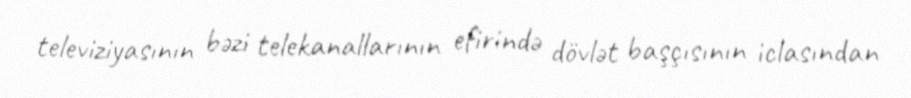
televiziyasının bəzi telekanallarının efirində dövlət başçısının iclasından